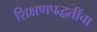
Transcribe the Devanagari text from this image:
शिक्षणपद्धतींचा